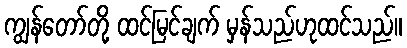
ကျွန်တော်တို့ ထင်မြင်ချက် မှန်သည်ဟုထင်သည်။